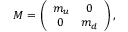
{ \cal M } = \left( \begin{array} { c c } { { m _ { u } } } & { { 0 } } \\ { { 0 } } & { { m _ { d } } } \end{array} \right) ,